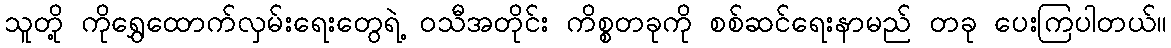
သူတို့ ကိုရွှေထောက်လှမ်းရေးတွေရဲ့ ဝသီအတိုင်း ကိစ္စတခုကို စစ်ဆင်ရေးနာမည် တခု ပေးကြပါတယ်။